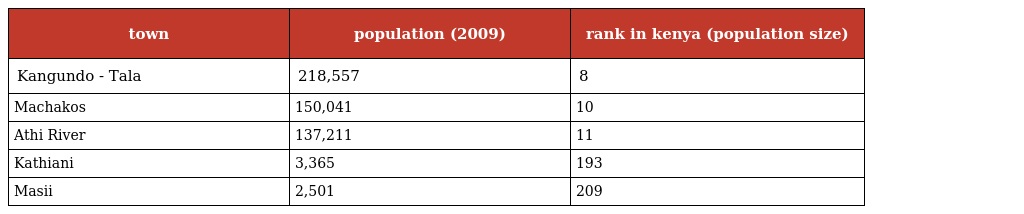
| town | population (2009) | rank in kenya (population size) |
 | --- | --- | --- |
 | Kangundo - Tala | 218,557 | 8 |
 | Machakos | 150,041 | 10 |
 | Athi River | 137,211 | 11 |
 | Kathiani | 3,365 | 193 |
 | Masii | 2,501 | 209 |